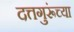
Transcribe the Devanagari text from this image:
दत्तगुरूंच्या